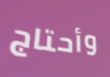
وأحتاج